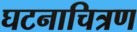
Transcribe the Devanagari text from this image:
घटनाचित्रण